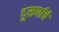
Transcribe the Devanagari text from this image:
दुसर्याचे